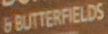
6 BUTTERFIELDS